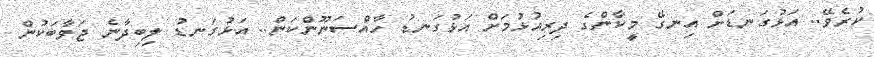
ކުރެވޭ.. އަޅުގަނޑަށް އިނގޭ މީކާންގެ ދިރިއުޅުމަށް އަޅުގަނޑު ހާއްސަނޫންކަން.. އަޅުގަނޑު ލިބިދާނެ ޖަވާބަކުން